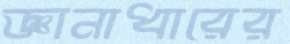
জ্ঞানাধারের